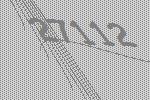
27112